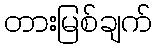
တားမြစ်ချက်